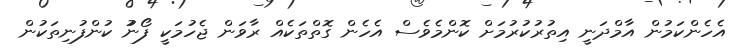
އެހެންކަމުން އާމްދަނީ އިތުރުކުރުމަށް ކޮންމެވެސް އެހެން ގޮތްތަކެއް ރާވަން ޖެހުމަކީ ފޯނުު ކުންފުނިތަކުން